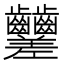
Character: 𪚍